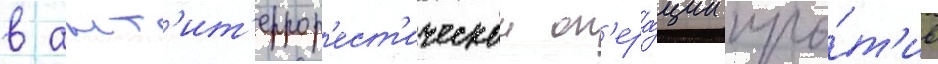
в ант'ит'еррор'ест'ическои оп'ера́ции про́т'ив